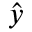
\hat { y }